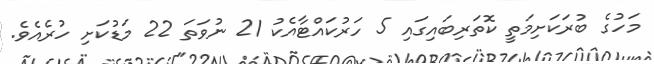
މަހުގެ ބުރަކަށިމަތީ ކޮތަރިބައިގައި 5 ހަރުކައްޓާއެކު 21 ނުވަތަ 22 މަޑުކަށި ހުރެއެވެ.